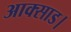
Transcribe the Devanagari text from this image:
आक्साड।